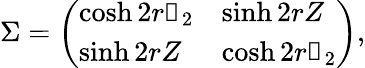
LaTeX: \Sigma=\left(\begin{array}{ll}{\cosh 2r\mathbb{1}_{2}}&{\sinh 2rZ}\\ {\sinh 2rZ}&{\cosh 2r\mathbb{1}_{2}}\end{array}\right),